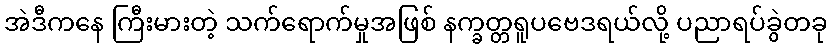
အဲဒီကနေ ကြီးမားတဲ့ သက်ရောက်မှုအဖြစ် နက္ခတ္တရူပဗေဒရယ်လို့ ပညာရပ်ခွဲတခု